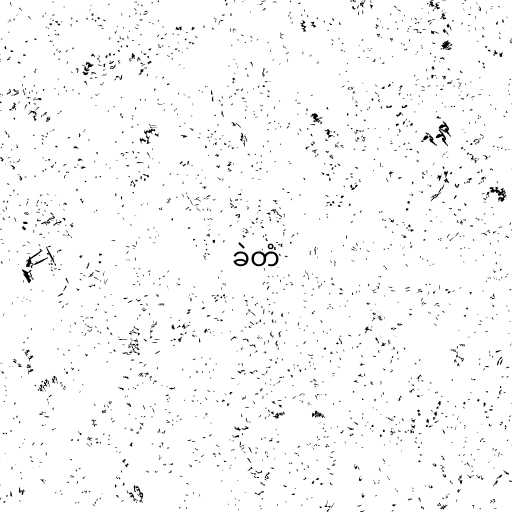
ခဲတံ